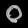
Digit: ၀